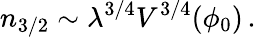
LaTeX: n_{3/2}\sim\lambda^{3/4}V^{3/4}(\phi_{0})\, .